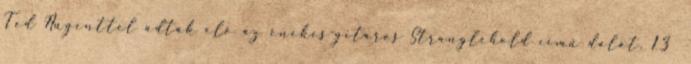
Ted Nugenttel adták elő az énekes-gitáros Stranglehold című dalát. 13